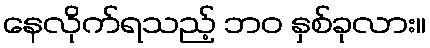
နေလိုက်ရသည့် ဘဝ နှစ်ခုလား။